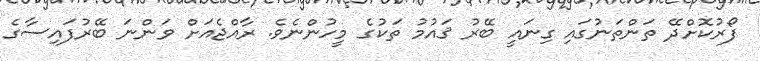
ފޯރުކޮށްދޭ ތަންތަނުގައި ގިނައީ ބޭރު ޤައުމު ތަކުގެ މީހުންނެވެ. ރާއްޖެއަށް ވަންނަ ބޭރުފައިސާގެ